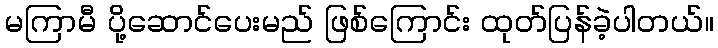
မကြာမီ ပို့ဆောင်ပေးမည် ဖြစ်ကြောင်း ထုတ်ပြန်ခဲ့ပါတယ်။